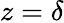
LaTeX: z=\delta